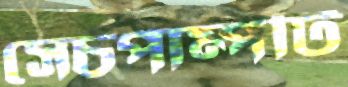
সেচপাম্পটি